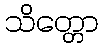
သိတ္တော